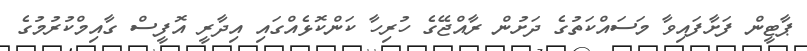
ޕާޓީން ފަަށާފައިވާ މަސައްކަތުގެ ދަށުން ރާއްޖޭގެ ހުރިހާ ކަންކޮޅެއްގައި އިދާރީ އޮފީސް ގާއިމްކުރުމުގެ